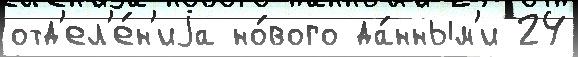
отд'ел'е́н'иjа но́вого да́нным'и 24